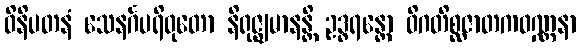
ဝိနိပတနံ သေနင်္ဂပရိဝုတော နိရုဇ္ဈမာနန္တိ ဥဒ္ဓရန္တော ဝိဂတိစ္ဆဇာတကဝဏ္ဏနာ